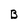
Character: B